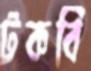
টকবি